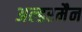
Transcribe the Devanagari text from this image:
अल्डरमैन